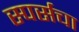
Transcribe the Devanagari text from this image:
स्पर्सचा